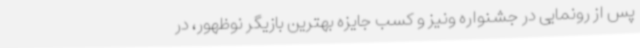
پس از رونمایی در جشنواره ونیز و کسب جایزه بهترین بازیگر نوظهور، در